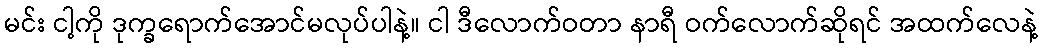
မင်း ငါ့ကို ဒုက္ခရောက်အောင်မလုပ်ပါနဲ့။ ငါ ဒီလောက်ဝတာ နာရီ ဝက်လောက်ဆိုရင် အထက်လေနဲ့